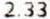
2.33